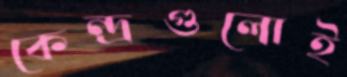
কেন্দ্রগুলোই